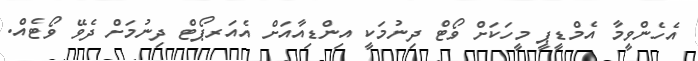
އެހެންވީމާ އެމްޑީޕީ މީހަކަށް ވޯޓް ދިނުމަކީ އިންޑިއާއަށް އެއަރޕޯޓް ދިނުމަށް ދެވޭ ވޯޓެއް.